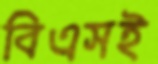
বিএসই